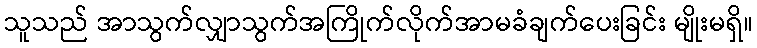
သူသည် အာသွက်လျှာသွက်အကြိုက်လိုက်အာမခံချက်ပေးခြင်း မျိုးမရှိ။